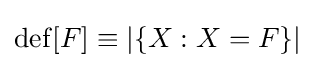
\operatorname {def} [F]\equiv |\{X:X=F\}|